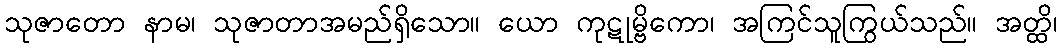
သုဇာတော နာမ၊ သုဇာတာအမည်ရှိသော။ ယော ကုဋုမ္ဗိကော၊ အကြင်သူကြွယ်သည်။ အတ္ထိ၊